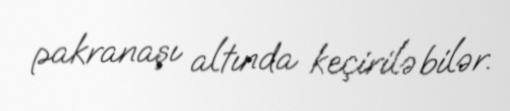
pakranaşı altında keçirilə bilər.